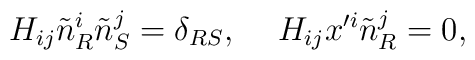
H_{ij}\tilde{n}^i_R\tilde{n}^j_S=\delta_{RS},\hspace*{5mm}H_{ij}x'^i\tilde{n}^j_R=0,